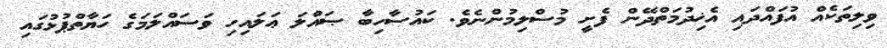
ވިލިތަކެއް އުފައްދައި އެޚިދުމަތްދޭން ފެށީ މުސްލިމުންނެވެ. ކައުސާހިބާ ޞައްލަ ޢަލައިހި ވަސައްލަމަގެ ހަޔާތްޕުޅުގައި